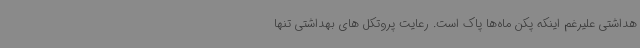
هداشتی علیرغم اینکه پکن ماه‌ها پاک است. رعایت پروتکل های بهداشتی تنها